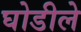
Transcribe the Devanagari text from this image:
घोडीले